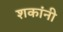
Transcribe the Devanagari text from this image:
शकांनी